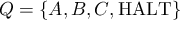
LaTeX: Q = \{ A , B , C , { \mathrm { H A L T } } \}